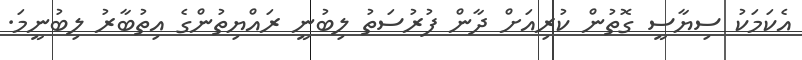
އެކަމަކު ސިޔާސީ ގޮތުން ކުރިއަށް ދާން ފުރުސަތު ލިބުނީ ރައްޔިތުންގެ އިތުބާރު ލިބުނީމަ.